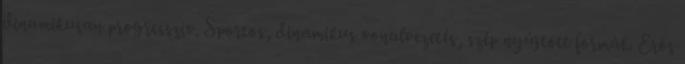
dinamikusan progresszív. Sportos, dinamikus vonalvezetés, szép nyújtott formák. Erős